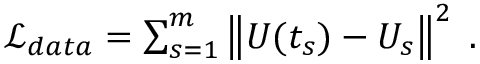
\begin{array} { r } { \mathcal { L } _ { d a t a } = \sum _ { s = 1 } ^ { m } \left\| U ( t _ { s } ) - U _ { s } \right\| ^ { 2 } \; . } \end{array}